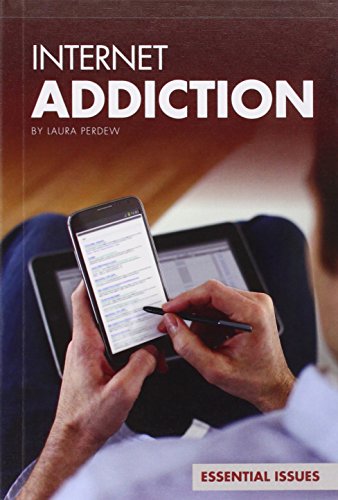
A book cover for Internet Addiction (Essential Issues); Laura Perdew; Teen & Young Adult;